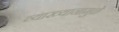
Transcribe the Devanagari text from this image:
व्याख्यानामुळे